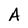
Character: A